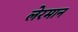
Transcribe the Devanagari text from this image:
लेरमान